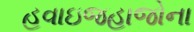
હવાઇજહાજોના